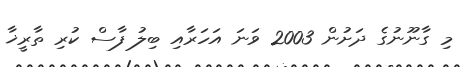
މި ގާނޫނުގެ ދަށުން 2003 ވަނަ އަހަރާއި ބިލު ފާސް ކުރި ތާރީޚާ